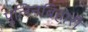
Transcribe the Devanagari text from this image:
पुलिनबिहारी